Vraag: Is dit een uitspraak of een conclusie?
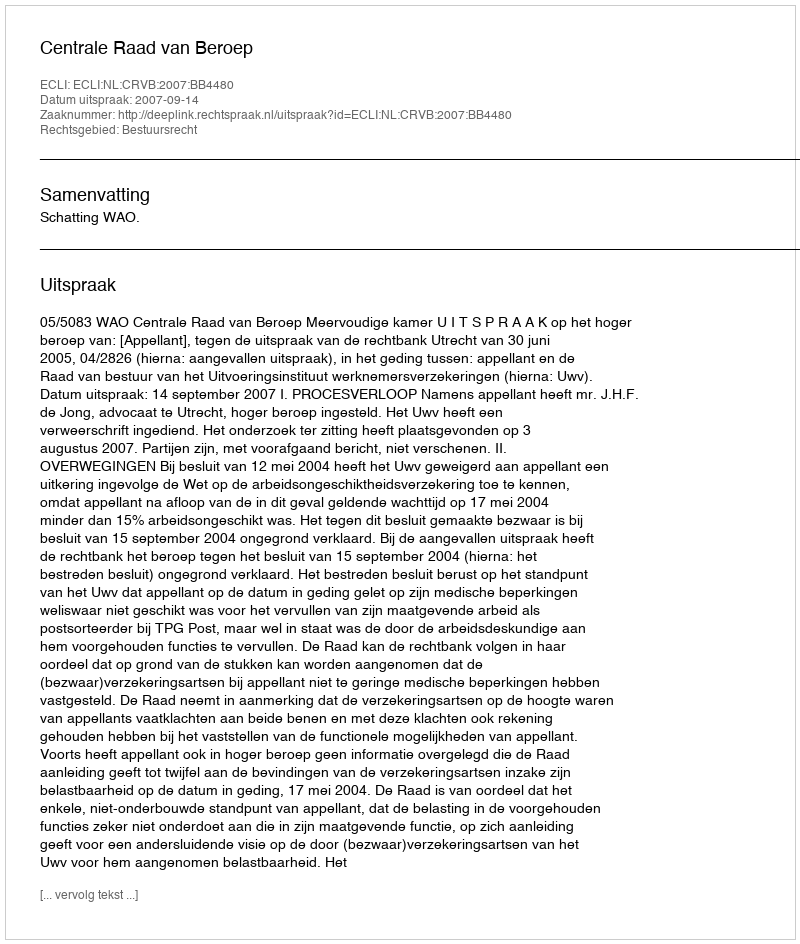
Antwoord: Uitspraak